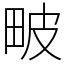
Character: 𤱍